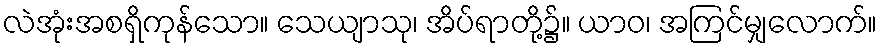
လဲအုံးအစရှိကုန်သော။ သေယျာသု၊ အိပ်ရာတို့၌။ ယာဝ၊ အကြင်မျှလောက်။